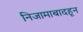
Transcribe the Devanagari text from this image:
निजामाबादहून